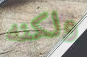
ولكنه